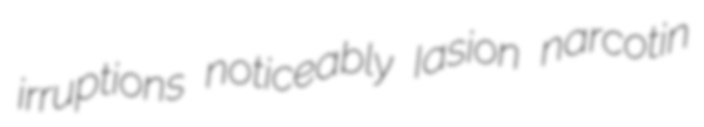
irruptions noticeably Iasion narcotin